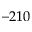
- 2 1 0